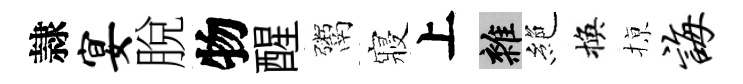
隷宴脫物醒鬻寢上雜絶換𢱊诲